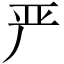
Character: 严